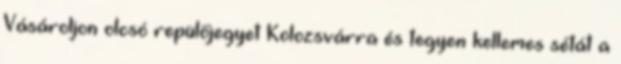
Vásároljon olcsó repülőjegyet Kolozsvárra és tegyen kellemes sétát a